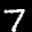
Label: 7